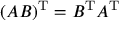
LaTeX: ( A B ) ^ { \mathrm { T } } = B ^ { \mathrm { T } } A ^ { \mathrm { T } }